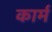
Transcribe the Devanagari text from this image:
कार्म